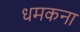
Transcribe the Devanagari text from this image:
धमकना